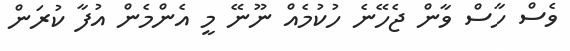
ވެސް ހާސް ވާން ޖެހޭނެ ހުކުމެއް ނޫނޭ މީ އެންމެން އުފާ ކުރަން